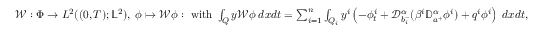
\begin{array} { r } { \mathcal W : \Phi \to L ^ { 2 } ( ( 0 , T ) ; \mathbb { L } ^ { 2 } ) , \; \phi \mapsto \mathcal W \phi : \mathrm { ~ w i t h ~ } \int _ { Q } y \mathcal W \phi \; d x d t = \sum _ { i = 1 } ^ { n } \int _ { Q _ { i } } y ^ { i } \left( - \phi _ { t } ^ { i } + \mathcal { D } _ { b _ { i } ^ { - } } ^ { \alpha } ( \beta ^ { i } \mathbb { D } _ { a ^ { + } } ^ { \alpha } \phi ^ { i } ) + q ^ { i } \phi ^ { i } \right) \; d x d t , } \end{array}